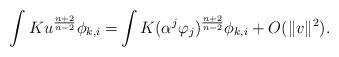
LaTeX: \begin{align*}\int Ku^{\frac{n+2}{n-2}}\phi_{k,i}= &\int K (\alpha^{j}\varphi_{j})^{\frac{n+2}{n-2}}\phi_{k,i}+O(\Vert v \Vert^{2}).\end{align*}